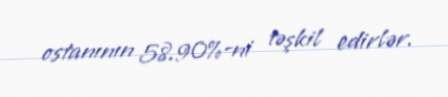
ostanının 58.90%-ni təşkil edirlər.